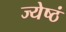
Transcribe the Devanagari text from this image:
ज्येष्ठं